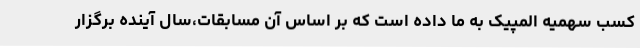
کسب سهمیه المپیک به ما داده است که بر اساس آن مسابقات،سال آینده برگزار